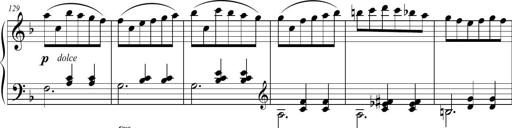
Title: 2 Sonatines faciles et brillantes pour le piano-forte seul
Composer: Carl Czerny